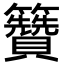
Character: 籫